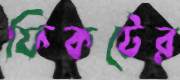
ফিকটের